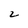
Character: 2